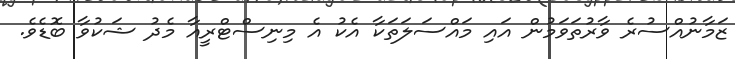
ޒަމާނުއްސުރެ ވާރުތަވަމުން އައި މައްސަލަތަކާ އެކު އެ މިނިސްޓްރީއާ މެދު ޝަކުވާ ބޮޑެވެ.